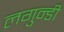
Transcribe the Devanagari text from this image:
लगुन्डी